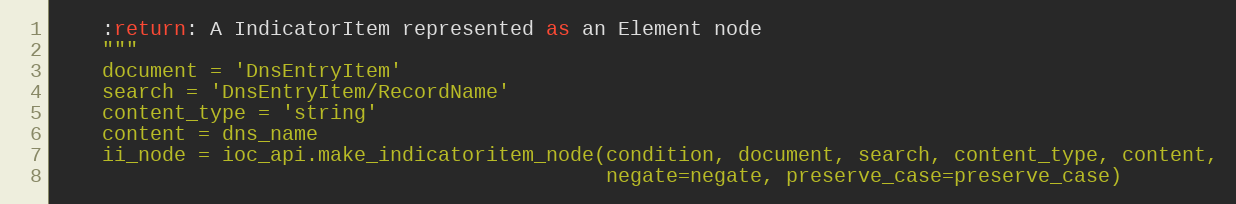
Language: Python
    :return: A IndicatorItem represented as an Element node
    """
    document = 'DnsEntryItem'
    search = 'DnsEntryItem/RecordName'
    content_type = 'string'
    content = dns_name
    ii_node = ioc_api.make_indicatoritem_node(condition, document, search, content_type, content,
                                              negate=negate, preserve_case=preserve_case)